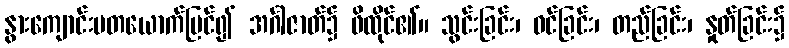
နွားကျောင်းမတယောက်မြင်၍ အင်္ဂါဇာတ်၌ ဖိထိုင်၏။ သွင်းခြင်း၊ ဝင်ခြင်း၊ တည်ခြင်း၊ နှုတ်ခြင်း၌